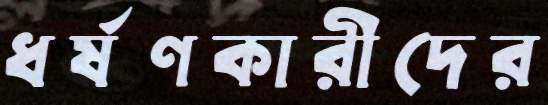
ধর্ষণকারীদের